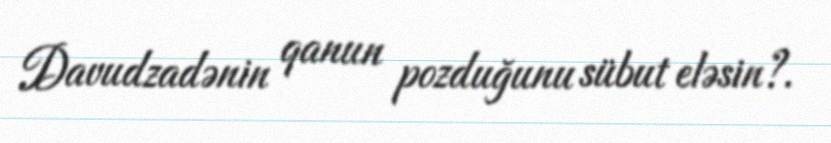
Davudzadənin qanun pozduğunu sübut eləsin?.